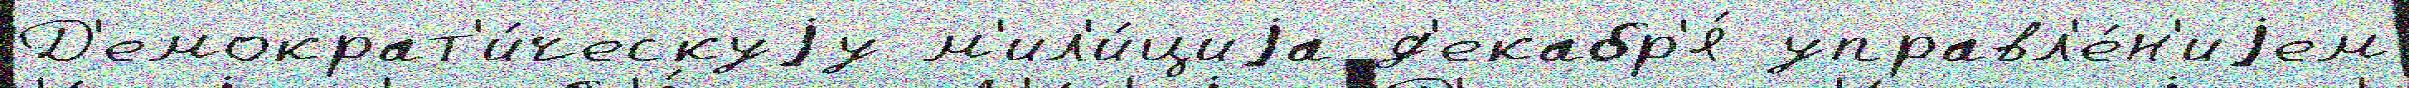
Д'емократ'и́ческуjу м'ил'и́циjа д'екабр'я́ управл'е́н'иjем